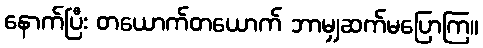
နောက်ပြီး တယောက်တယောက် ဘာမျှဆက်မပြောကြ။